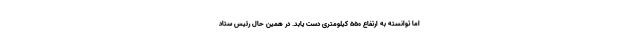
اما توانسته به ارتفاع ۵۵۰ کیلومتری دست یابد. در همین حال رئیس ستاد